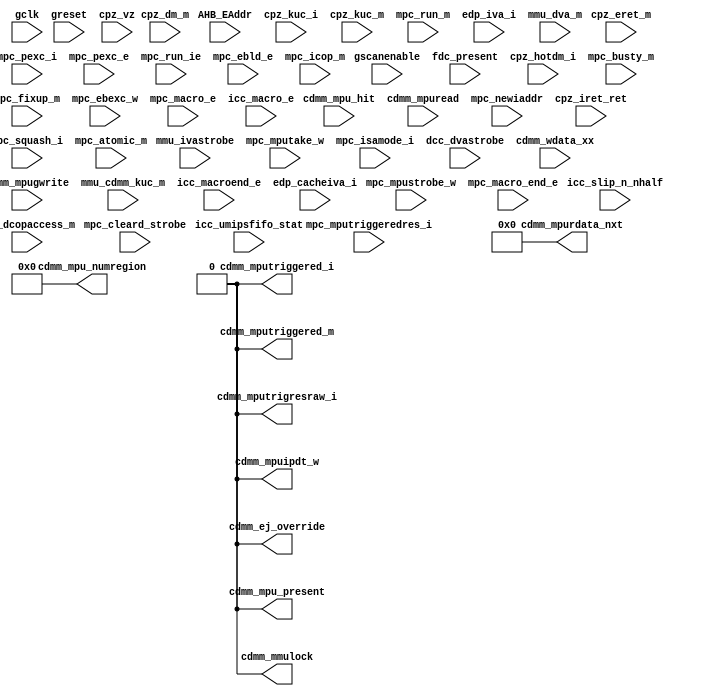
module m14k_cdmm_mpustub(
	gclk,
	greset,
	gscanenable,
	AHB_EAddr,
	fdc_present,
	cdmm_mpu_hit,
	cdmm_mpuread,
	cdmm_mpugwrite,
	mmu_cdmm_kuc_m,
	mmu_ivastrobe,
	mpc_newiaddr,
	cpz_vz,
	cpz_hotdm_i,
	cpz_dm_m,
	cpz_kuc_i,
	cpz_kuc_m,
	cpz_iret_ret,
	cpz_eret_m,
	mpc_squash_i,
	mpc_pexc_i,
	mpc_pexc_e,
	mpc_atomic_m,
	mpc_busty_m,
	mpc_mpustrobe_w,
	mpc_mputake_w,
	mpc_cleard_strobe,
	mpc_run_ie,
	mpc_run_m,
	mpc_fixup_m,
	mpc_ebld_e,
	mpc_ebexc_w,
	mpc_isamode_i,
	mpc_mputriggeredres_i,
	mpc_macro_e,
	mpc_macro_end_e,
	icc_macroend_e,
	icc_macro_e,
	icc_slip_n_nhalf,
	icc_umipsfifo_stat,
	dcc_dvastrobe,
	mpc_icop_m,
	dcc_dcopaccess_m,
	edp_cacheiva_i,
	edp_iva_i,
	mmu_dva_m,
	cdmm_wdata_xx,
	cdmm_mpu_present,
	cdmm_mmulock,
	cdmm_mpu_numregion,
	cdmm_mputriggered_i,
	cdmm_mputriggered_m,
	cdmm_mpuipdt_w,
	cdmm_ej_override,
	cdmm_mputrigresraw_i,
	cdmm_mpurdata_nxt);

	input	gclk;
	input	greset;         // reset
	input	gscanenable;         
	input [14:2]	AHB_EAddr;
	input	fdc_present;
	input	cdmm_mpu_hit;
	input 	cdmm_mpuread;
	input	cdmm_mpugwrite;
	input	mmu_cdmm_kuc_m;
	input	mmu_ivastrobe;
	input	mpc_newiaddr;
	input	cpz_vz;
	input	cpz_hotdm_i;
	input	cpz_dm_m;
	input	cpz_kuc_i;
	input	cpz_kuc_m;
	input	cpz_iret_ret;		//active iret for writing registers
	input	cpz_eret_m;		//active eret for writing registers (m stage)
	input	mpc_squash_i;
	input	mpc_pexc_i;
	input	mpc_pexc_e;
	input	mpc_atomic_m;
	input [2:0]	mpc_busty_m;
	input	mpc_mpustrobe_w;
	input	mpc_mputake_w;
	input	mpc_cleard_strobe;
	input	mpc_run_ie;
	input	mpc_run_m;
	input	mpc_fixup_m;
	input	mpc_ebld_e;	// ebase write in e stage
	input	mpc_ebexc_w;	    // core taking ebase exception
	input	mpc_isamode_i;
	input	mpc_mputriggeredres_i;
	input	mpc_macro_e;
	input	mpc_macro_end_e;
	input	icc_macroend_e;
	input	icc_macro_e;
	input	icc_slip_n_nhalf;
	input [3:0]	icc_umipsfifo_stat;
	input	dcc_dvastrobe;
	input	mpc_icop_m;
	input	dcc_dcopaccess_m;
	input [31:0]	edp_cacheiva_i;
	input [31:0]	edp_iva_i;
	input [31:0]	mmu_dva_m;
	input [31:0]	cdmm_wdata_xx;
	output	cdmm_mpu_present;
	output	cdmm_mmulock;
	output [3:0] cdmm_mpu_numregion;
	output	cdmm_mputriggered_i;
	output	cdmm_mputriggered_m;
	output	cdmm_mpuipdt_w;
	output	cdmm_ej_override;
	output	cdmm_mputrigresraw_i;
	output [31:0] cdmm_mpurdata_nxt; // CDMM read data

// BEGIN Wire declarations made by MVP
wire cdmm_mputriggered_i;
wire cdmm_mputriggered_m;
wire cdmm_mpu_present;
wire cdmm_mmulock;
wire [3:0] /*[3:0]*/ cdmm_mpu_numregion;
wire cdmm_ej_override;
wire cdmm_mpuipdt_w;
wire cdmm_mputrigresraw_i;
wire [31:0] /*[31:0]*/ cdmm_mpurdata_nxt;
// END Wire declarations made by MVP


	assign cdmm_mpu_present = 1'b0;
	assign cdmm_mmulock = 1'b0;
	assign cdmm_mputriggered_i = 1'b0;
	assign cdmm_mputriggered_m = 1'b0;
	assign cdmm_ej_override = 1'b0;
	assign cdmm_mpuipdt_w = 1'b0;
	assign cdmm_mputrigresraw_i = 1'b0;
	assign cdmm_mpurdata_nxt[31:0] = 32'h0;
	assign cdmm_mpu_numregion[3:0] = 4'h0;

endmodule